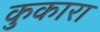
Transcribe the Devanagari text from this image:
कुकारा